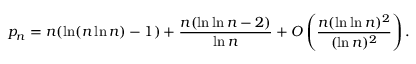
p _ { n } = n ( \ln ( n \ln n ) - 1 ) + { \frac { n ( \ln \ln n - 2 ) } { \ln n } } + O \left( { \frac { n ( \ln \ln n ) ^ { 2 } } { ( \ln n ) ^ { 2 } } } \right) .